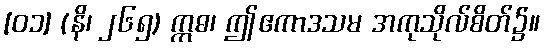
[၀၁] (နိ၊ ၂၆၅) ဣဓ၊ ဤဧကာဒသမ အကုသိုလ်စိတ်၌။